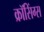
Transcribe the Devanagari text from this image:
क्रॉसिंग्स